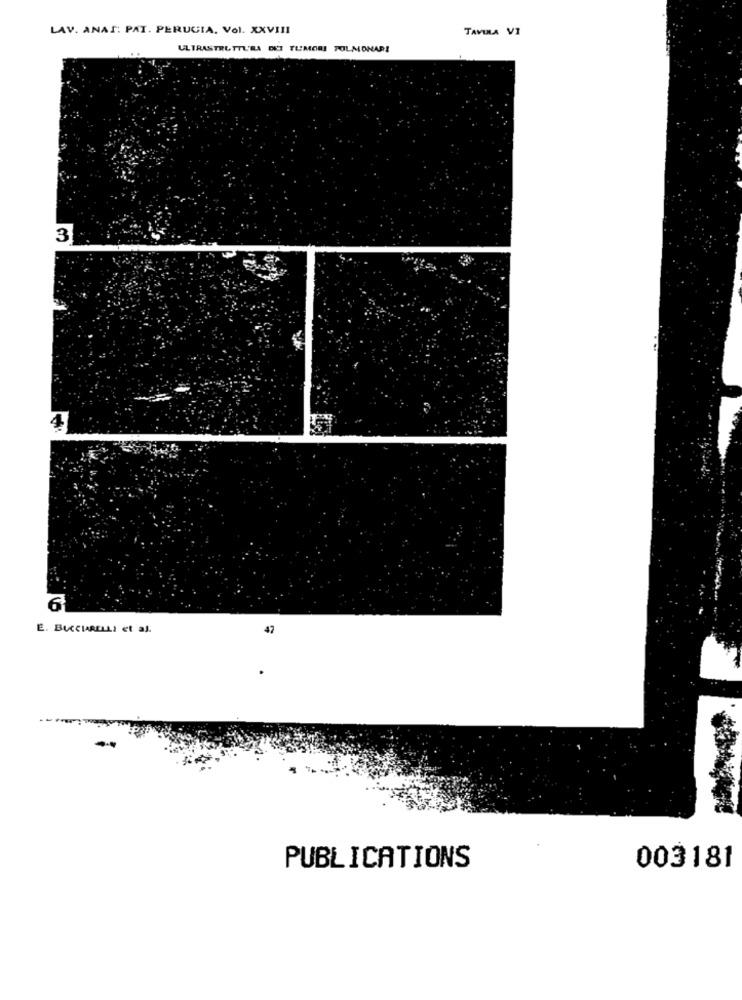
LAV. ANAT: PAT. PERUGIA. Vol. XXVIII
TAVIRLA VI
ULTRASTRUTTURA DET TUMORI POLMONARI
3
4
6
E. BUCCIARELLI et al.
47
PUBLICATIONS
003181